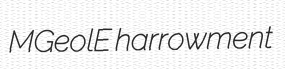
MGeolE harrowment